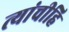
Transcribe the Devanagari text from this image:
त्यांचीहि